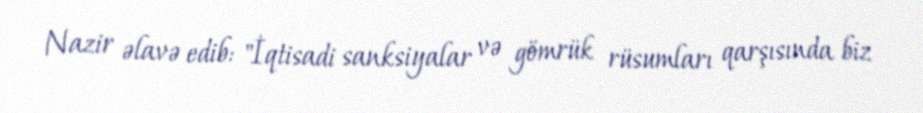
Nazir əlavə edib: "İqtisadi sanksiyalar və gömrük rüsumları qarşısında biz